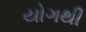
યોગથી